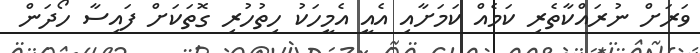
ވަރަށް ނުރައްކާތެރި ކަމެއް ކަމަށާއި އެއީ އެމީހަކު ހިތުހުރި ގޮތަކަށް ފައިސާ ހޯދަން